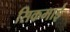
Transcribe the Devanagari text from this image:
सिकमाई